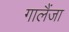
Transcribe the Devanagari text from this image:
गालैंजा